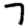
Digit: 7